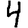
Digit: 4